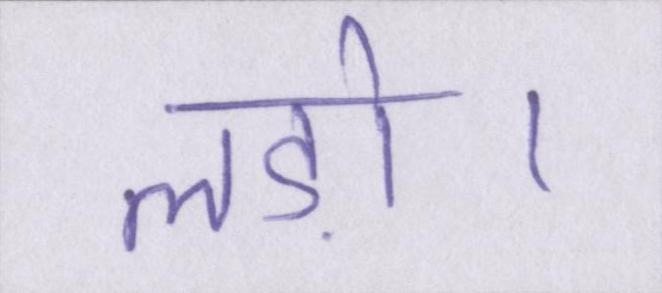
लड़ो।